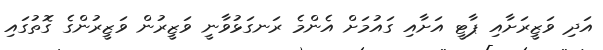
އަދި ވަޒީރަށާއި ޕާޓީ އަށާއި ގައުމަށް އެންމެ ރަނގަޅުވާނީ ވަޒީރުން ވަޒީރުންގެ ގޮތުގައި